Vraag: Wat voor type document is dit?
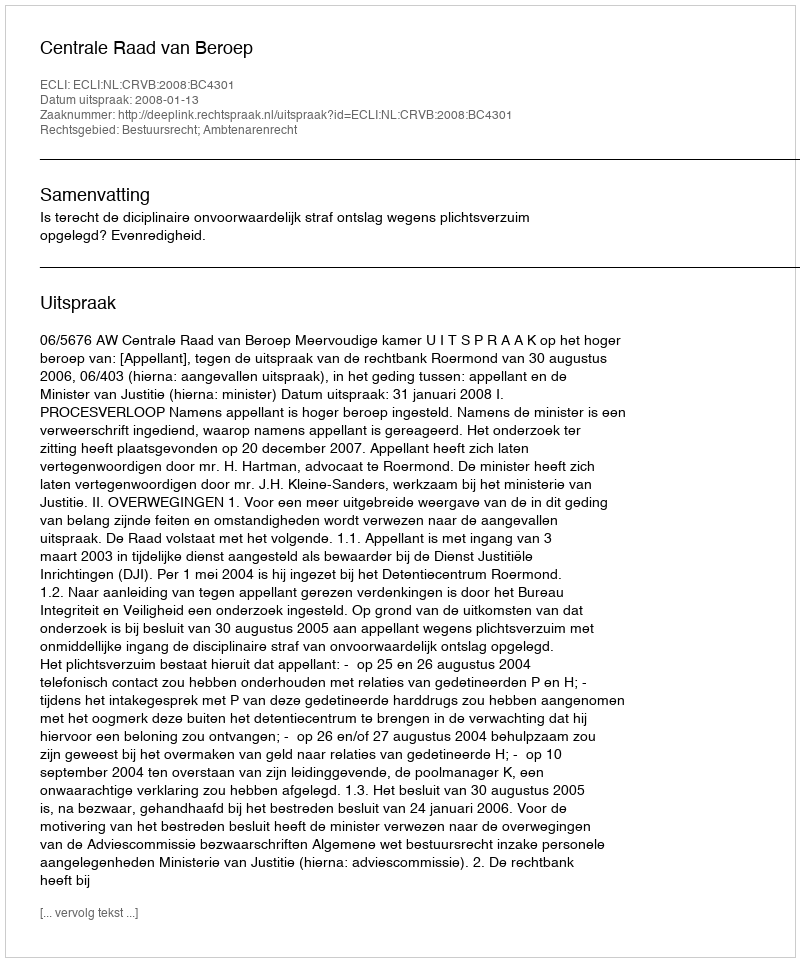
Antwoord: Uitspraak